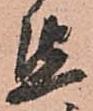
懇